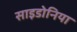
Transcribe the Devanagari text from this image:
साइडोनिया